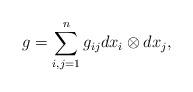
LaTeX: \begin{align*} g = \sum_{i,j=1}^n g_{ij} dx_i\otimes dx_j,\end{align*}